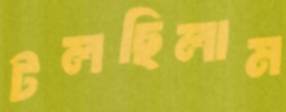
টলছিলাম